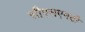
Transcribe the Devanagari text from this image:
सीएसएमटी